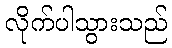
လိုက်ပါသွားသည်